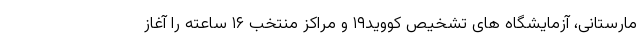
مارستانی، آزمایشگاه های تشخیص کووید۱۹ و مراکز منتخب ۱۶ ساعته را آغاز